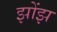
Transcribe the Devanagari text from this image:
झोंझ